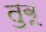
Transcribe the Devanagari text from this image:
तुबू